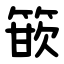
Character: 篏